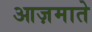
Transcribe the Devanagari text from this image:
आज़माते